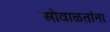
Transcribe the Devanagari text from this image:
ओवाळतांना